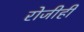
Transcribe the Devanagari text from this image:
रोजीही